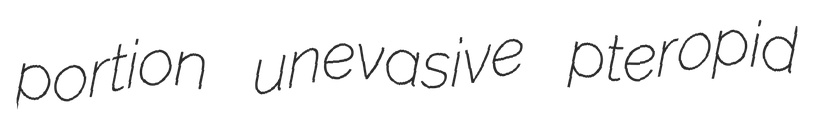
portion unevasive pteropid